Annual vaccination report of Bihar and Orissa - 1911-1928
Year: 1911
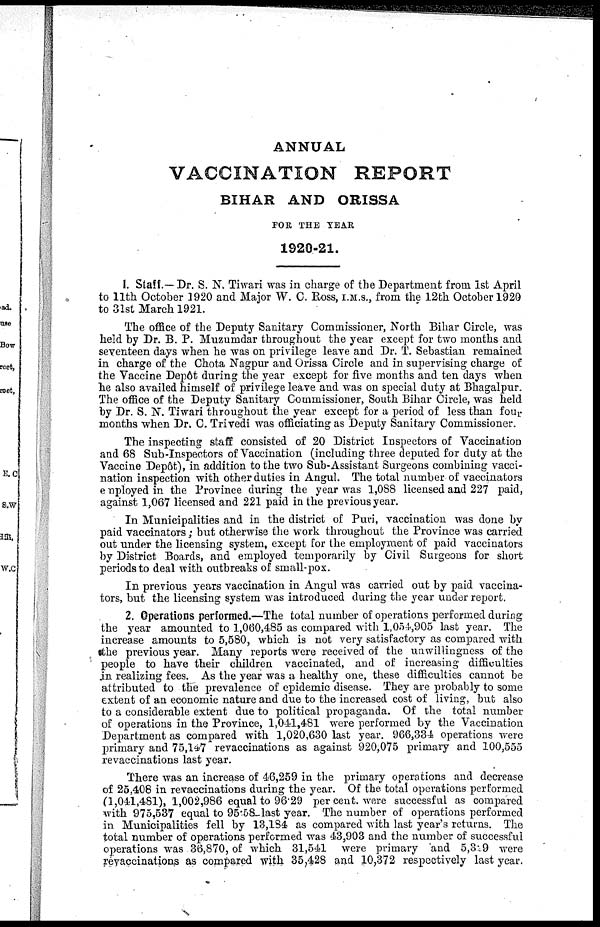
ANNUAL
VACCINATION REPORT
BIHAR AND ORISSA
FOR THE YEAR
1920-21.
1. Staff.—Dr. S. N. Tiwari was in charge of the Department from 1st April
to 11th October 1920 and Major W. C. Ross, I.M.S., from the 12th October 1920
to 31st March 1921.
The office of the Deputy Sanitary Commissioner, North Bihar Circle, was
held by Dr. B. P. Muzumdar throughout the year except for two months and
seventeen days when he was on privilege leave and Dr. T. Sebastian remained
in charge of the Chota Nagpur and Orissa Circle and in supervising charge of
the Vaccine Depôt during the year except for five months and ten days when
he also availed himself of privilege leave and was on special duty at Bhagalpur.
The office of the Deputy Sanitary Commissioner, South Bihar Circle, was held
by Dr. S. N. Tiwari throughout the year except for a period of less than four
months when Dr. C. Trivedi was officiating as Deputy Sanitary Commissioner.
The inspecting staff consisted of 20 District Inspectors of Vaccination
and 68 Sub-Inspectors of Vaccination (including three deputed for duty at the
Vaccine Depôt), in addition to the two Sub-Assistant Surgeons combining vacci-
nation inspection with other duties in Angul. The total number of vaccinators
employed in the Province during the year was 1,088 licensed and 227 paid,
against 1,067 licensed and 221 paid in the previous year.
In Municipalities and in the district of Puri, vaccination was done by
paid vaccinators; but otherwise the work throughout the Province was carried
out under the licensing system, except for the employment of paid vaccinators
by District Boards, and employed temporarily by Civil Surgeons for short
periods to deal with outbreaks of small-pox.
In previous years vaccination in Angul was carried out by paid vaccina-
tors, but the licensing system was introduced during the year under report.
2. Operations performed.—The total number of operations performed during
the year amounted to 1,060,485 as compared with 1,054,905 last year. The
increase amounts to 5,580, which is not very satisfactory as compared with
the previous year. Many reports were received of the unwillingness of the
people to have their children vaccinated, and of increasing difficulties
in realizing fees. As the year was a healthy one, these difficulties cannot be
attributed to the prevalence of epidemic disease. They are probably to some
extent of an economic nature and due to the increased cost of living, but also
to a considerable extent due to political propaganda. Of the total number
of operations in the Province, 1,041,481 were performed by the Vaccination
Department as compared with 1,020,630 last year. 966,334 operations were
primary and 75,147 revaccinations as against 920,075 primary and 100,555
revaccinations last year.
There was an increase of 46,259 in the primary operations and decrease
of 25,408 in revaccinations during the year. Of the total operations performed
(1,041,481), 1,002,986 equal to 96.29 per cent. were successful as compared
with 975,537 equal to 95.58 last year. The number of operations performed
in Municipalities fell by 13,184 as compared with last year's returns. The
total number of operations performed was 43,903 and the number of successful
operations was 36,870, of which 31,541 were primary and 5,329 were
revaccinations as compared with 35,428 and 10,372 respectively last year.